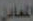
المعادن